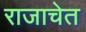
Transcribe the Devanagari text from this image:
राजाचेत